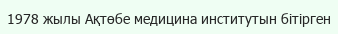
1978 жылы Ақтөбе медицина институтын бітірген